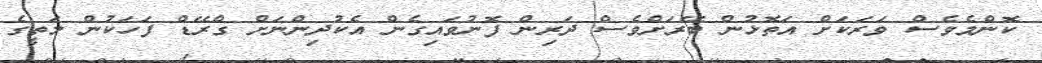
ކޮންމެވެސް ވަރަކަށް އަތޮޅުން ބޭރަށްވެސް ދަރިން ފޮނުވައިގެން އެކުދިންނަށް ގްރޭޑް ފަހަކުން މަތީގެ